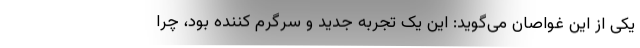
یکی از این غواصان می‌گوید: این یک تجربه جدید و سرگرم کننده بود، چرا